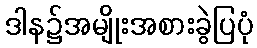
ဒါန၌အမျိုးအစားခွဲပြပုံ